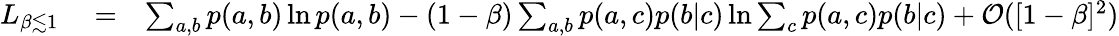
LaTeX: \begin{array}{rlr}{L_{\beta\lesssim 1}}&{{}=}&{\sum_{a,b}p(a,b)\ln p(a,b)-(1-\beta)\sum_{a,b}p(a,c)p(b|c)\ln\sum_{c}p(a,c)p(b|c)+{\cal O}([1-\beta]^{2})}\end{array}